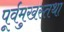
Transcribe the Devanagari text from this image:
पूर्वमुखस्तथा